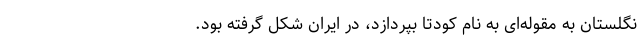
نگلستان به مقوله‌ای به نام کودتا بپردازد، در ایران شکل گرفته بود.